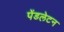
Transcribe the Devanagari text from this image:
पेंडलेटन